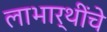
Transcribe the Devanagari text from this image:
लाभार्थींचे